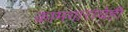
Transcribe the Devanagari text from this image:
कामगारांचेही